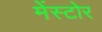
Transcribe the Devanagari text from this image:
मेंस्टोर